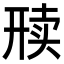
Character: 𬻦